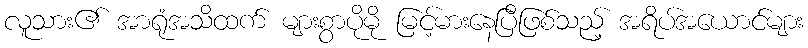
လူသား၏ အာရုံအသိထက် များစွာပိုမို မြင့်မားနေပြီဖြစ်သည့် အရိပ်အယောင်များ